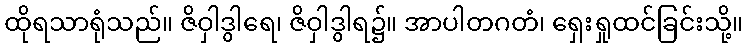
ထိုရသာရုံသည်။ ဇိဝှါဒွါရေ၊ ဇိဝှါဒွါရ၌။ အာပါတဂတံ၊ ရှေးရှုထင်ခြင်းသို့။